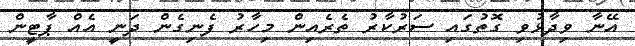
އޭނާ ވިދާޅުވި ގޮތުގައި ސަރުކާރު ތެރެއިން މިހާރު ފެނިގެން ދަނީ އެއް ޕާޓީން